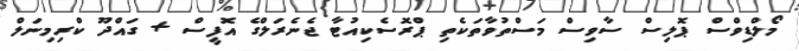
މޯލްޑިވްސް ޕޮލިސް ސާވިސް މަސްތުވާތަކެތި ޕްރޮސެކިއުޓާ ޖެނެރަލްގެ އޮފީސް + ގައްދޫ ކްރިމިނަލް